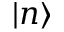
| n \rangle